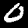
Digit: 0